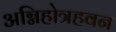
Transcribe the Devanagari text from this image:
अग्निहोत्रहवन